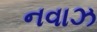
નવાઝ